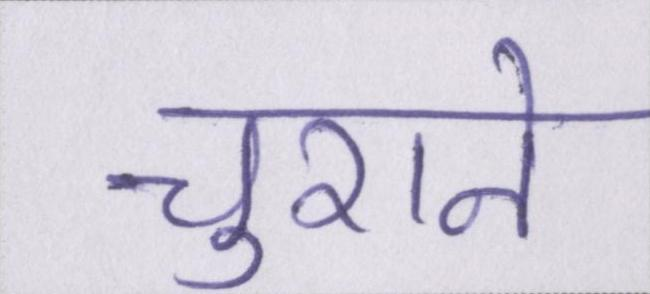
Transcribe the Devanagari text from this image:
चुराने